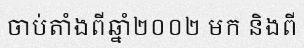
ចាប់តាំងពីឆ្នាំ២០០២ មក និងពី